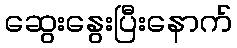
ဆွေးနွေးပြီးနောက်